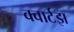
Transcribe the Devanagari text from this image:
क्वार्टझ